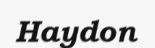
Haydon